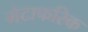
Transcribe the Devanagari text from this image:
मेटाफरिक